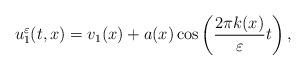
LaTeX: \begin{align*}u_1^\varepsilon (t,x) = v_1(x) + a(x)\cos\left(\frac{2\pi k (x)}{\varepsilon}t\right),\end{align*}